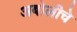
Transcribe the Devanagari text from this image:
अबोलीचे